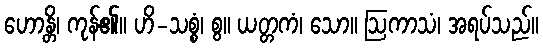
ဟောန္တိ၊ ကုန်၏။ ဟိ-သစ္စံ၊ စွ။ ယတ္တကံ၊ သော။ ဩကာသံ၊ အရပ်သည်။